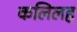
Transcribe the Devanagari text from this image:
कलिलह